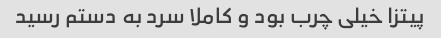
پیتزا خیلی چرب بود و کاملا سرد به دستم رسید